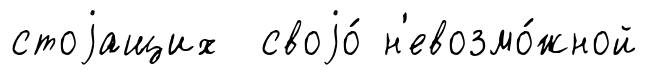
стоjащих своjо́ н'евозмо́жной